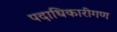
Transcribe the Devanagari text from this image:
पदाधिकारीगण